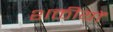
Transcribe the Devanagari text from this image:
शक्तीयों